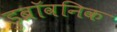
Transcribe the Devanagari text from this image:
डुब्रॉवनिक